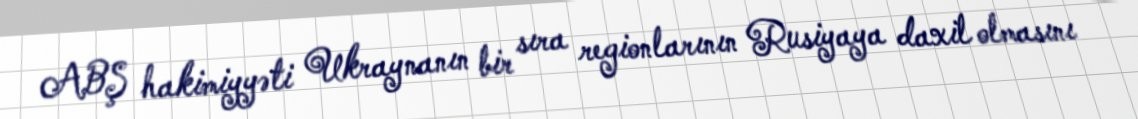
ABŞ hakimiyyəti Ukraynanın bir sıra regionlarının Rusiyaya daxil olmasını